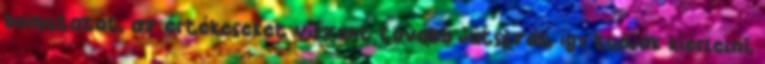
bemutatót, az értékeseket viszont tovább játsszák, így tudják kiérlelni,